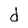
Character: d